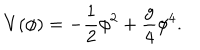
V ( \phi ) = - \frac 1 2 \phi ^ { 2 } + \frac { g } { 4 } \phi ^ { 4 } .